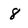
Character: 8